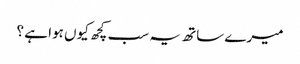
میرے ساتھ یہ سب کچھ کیوں ہوا ہے ؟